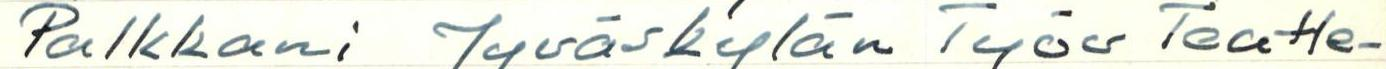
Palkkani Jyväskylän Työv Teatte-